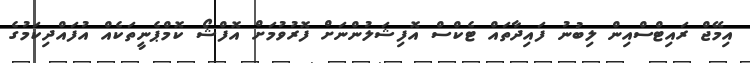
އިމޭޖް ރައިޓްސްއިން ލިބުނު ފައިދާތައް ޓެކްސް އޮފިޝަލުންނަށް ފޮރުވުމަށް އޮފްޝޯ ކޮމްޕެނީތަކެއް އުފައްދިކަމުގެ